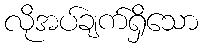
လိုအပ်ချက်ရှိသော